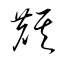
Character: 麒